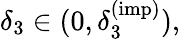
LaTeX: \delta_{3}\in(0,\delta_{3}^{(\mathrm{imp})}),